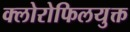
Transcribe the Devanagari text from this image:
क्लोरोफिलयुक्त